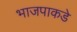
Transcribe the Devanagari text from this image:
भाजपाकडे